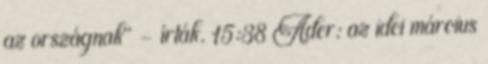
az országnak" - írták. 15:38 Áder: az idei március